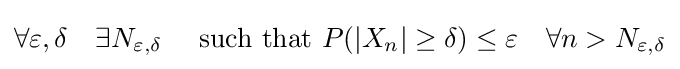
\forall \varepsilon ,\delta \quad \exists N_{\varepsilon ,\delta }\quad {\text{ such that }}P(|X_{n}|\geq \delta )\leq \varepsilon \quad \forall n>N_{\varepsilon ,\delta }